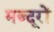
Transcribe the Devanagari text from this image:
मज्दूरों